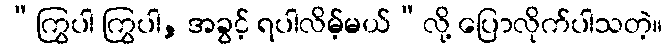
“ကြွပါ ကြွပါ, အခွင့် ရပါလိမ့်မယ်”လို့ ပြောလိုက်ပါသတဲ့။